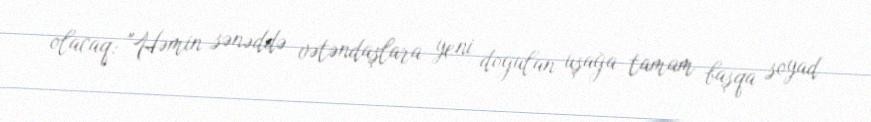
olacaq: "Həmin sənəddə vətəndaşlara yeni doğulan uşağa tamam başqa soyad